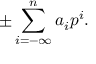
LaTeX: \pm \sum _ { i = - \infty } ^ { n } a _ { i } p ^ { i } .